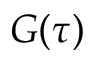
G ( \tau )